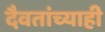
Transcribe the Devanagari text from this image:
दैवतांच्याही